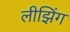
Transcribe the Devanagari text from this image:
लीझिंग